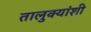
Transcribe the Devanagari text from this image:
तालुक्यांशी